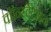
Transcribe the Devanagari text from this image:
कॉन्स्टेंटाइन